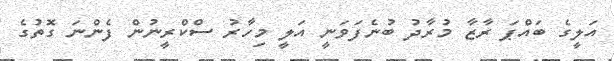
އަލީގެ ބައްޕަ ރާޒާ މުރާދު ބުނެފަވަނީ އަލީ މިހާރު ސްކްރީނުން ފެންނަ ގޮތުގެ